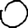
Digit: 0